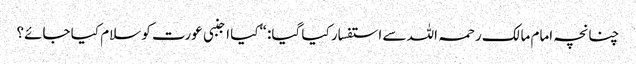
چنانچہ امام مالک رحمہ اللہ سے استفسار کیا گیا: “کیا اجنبی عورت کو سلام کیا جائے؟